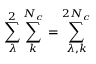
\displaystyle \sum _ { \lambda } ^ { 2 } \displaystyle \sum _ { k } ^ { N _ { c } } = \displaystyle \sum _ { \lambda , k } ^ { 2 N _ { c } }